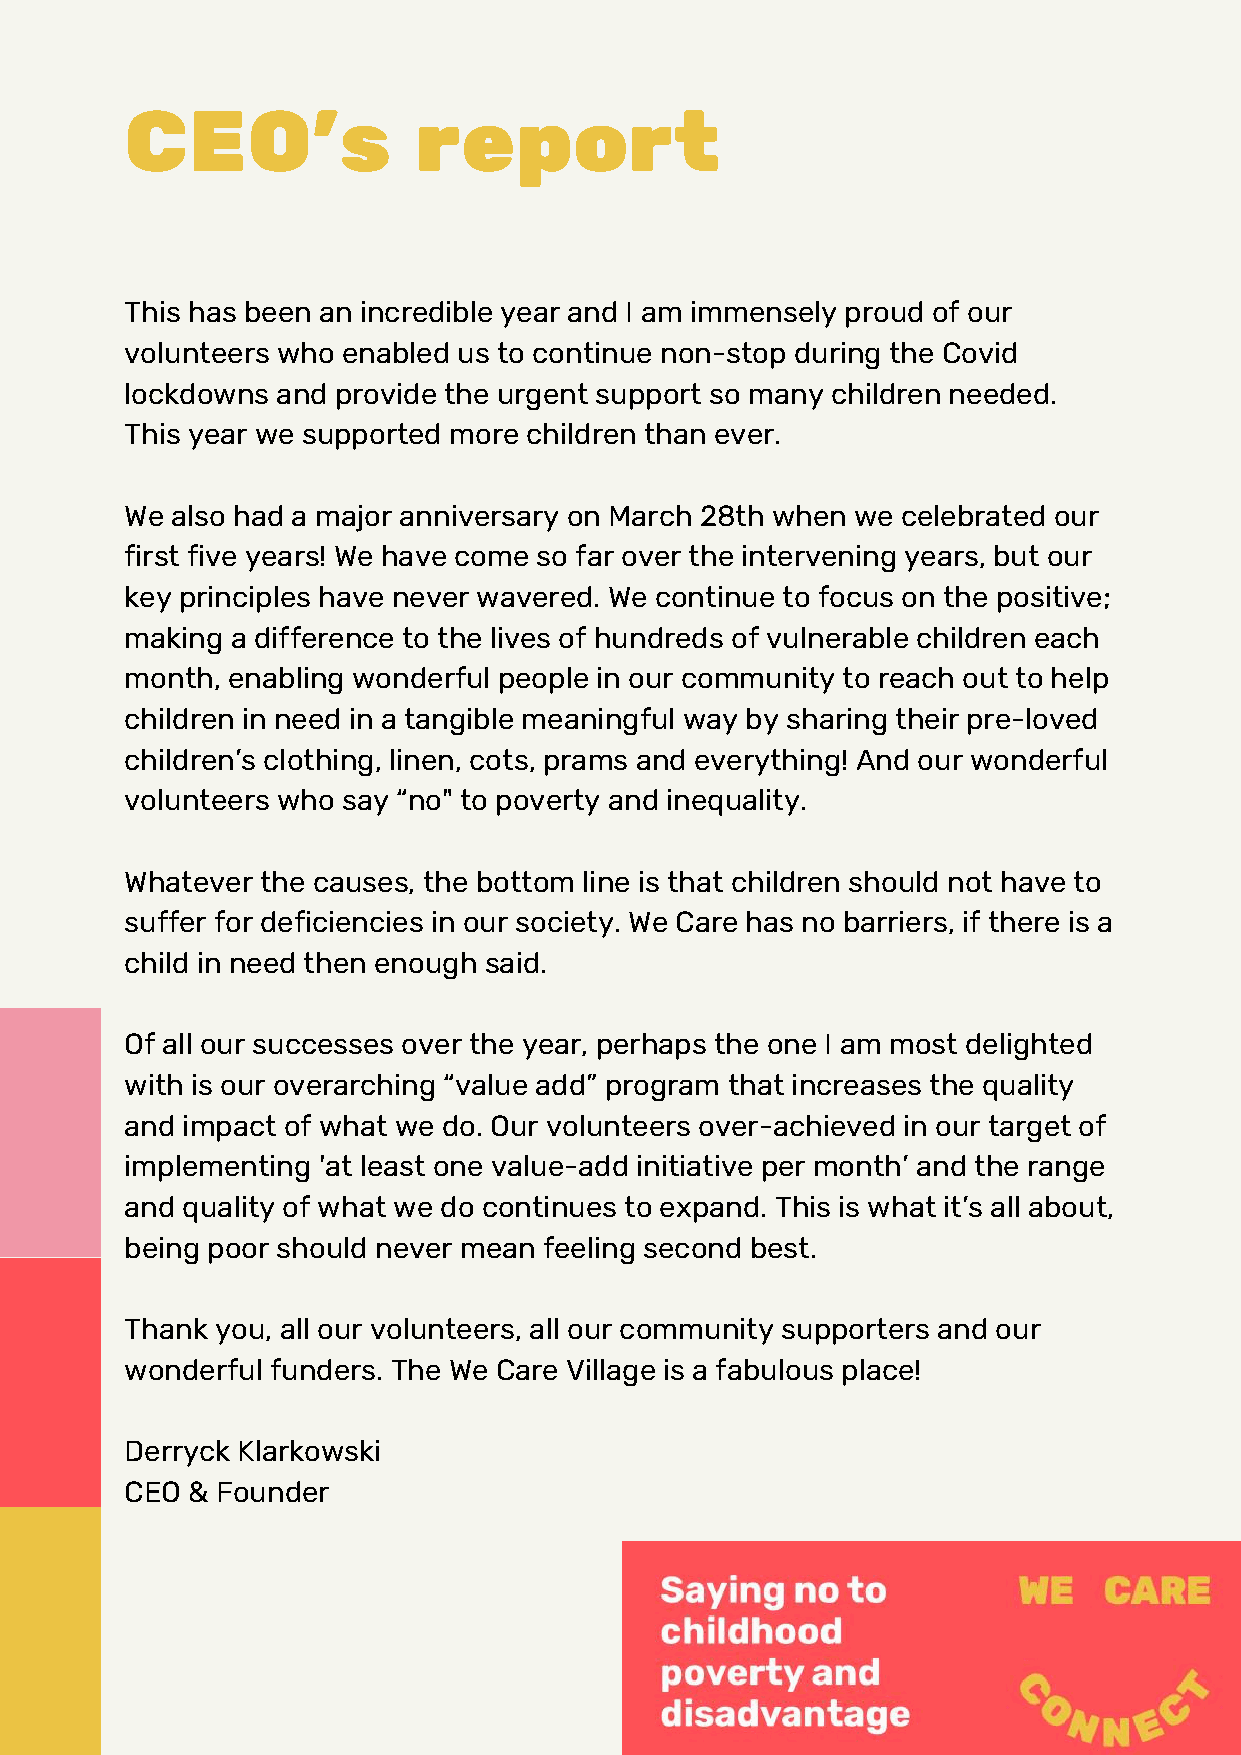
CEO's               report
 This has been an incredible year and I am immensely proud of our
 volunteers who enabled us to continue non-stop during the Covid
 lockdowns and provide the urgent support so many children needed.
 This year we supported more children than ever.
 We also had a major anniversary on March 28th when we celebrated our
 first five years! We have come so far over the intervening years, but our
 key principles have never wavered. We continue to focus on the positive;
 making a difference to the lives of hundreds of vulnerable children each
 month, enabling wonderful people in our community to reach out to help
 children in need in a tangible meaningful way by sharing their pre-loved
 children’s clothing, linen, cots, prams and everything! And our wonderful
 volunteers who say “no" to poverty and inequality.
 Whatever the causes, the bottom line is that children should not have to
 suffer for deficiencies in our society. We Care has no barriers, if there is a
 child in need then enough said.
 Of all our successes over the year, perhaps the one I am most delighted
 with is our overarching “value add” program that increases the quality
 and impact of what we do. Our volunteers over-achieved in our target of
 implementing 'at least one value-add initiative per month’ and the range
 and quality of what we do continues to expand. This is what it’s all about,
 being poor should never mean feeling second best.
 Thank you, all our volunteers, all our community supporters and our
 wonderful funders. The We Care Village is a fabulous place!
 Derryck Klarkowski
 CEO & Founder